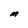
Character: M